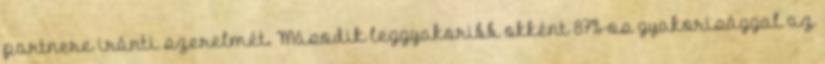
partnere iránti szerelmét. Második leggyakoribb okként 87%-os gyakorisággal az